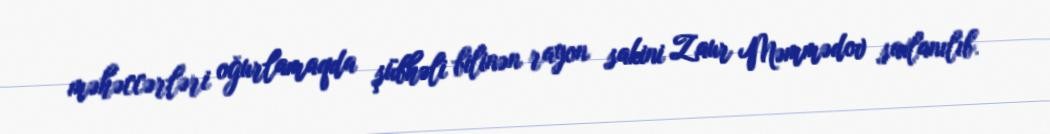
məhəccərləri oğurlamaqda şübhəli bilinən rayon sakini Zaur Məmmədov saxlanılıb.